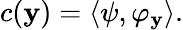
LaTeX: c(\mathbf{y})=\langle\psi,\varphi_{\mathbf{y}}\rangle.